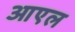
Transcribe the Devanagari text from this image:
आएल